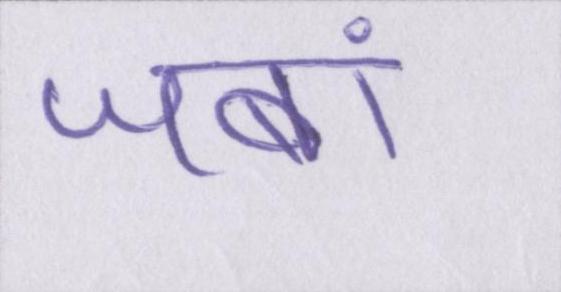
जबां